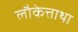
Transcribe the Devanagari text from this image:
लौकेत्ताथा